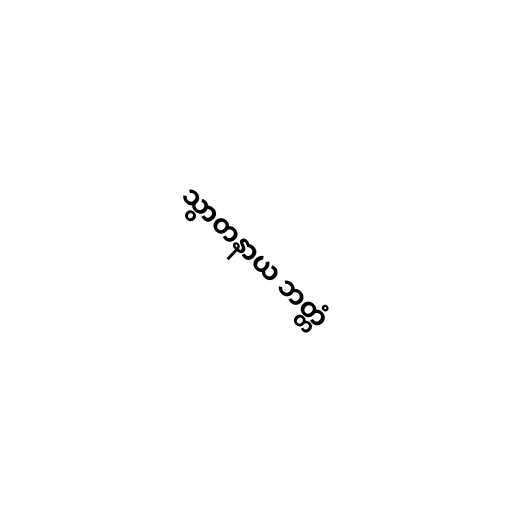
သွာတနာယ ဘတ္တံ